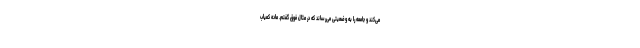
می‌کند و جامعه را به وضعیتی می‌رساند که در مثال فوق گفتم. ماده کمیاب